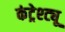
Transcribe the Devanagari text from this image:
कंट्रेश्ट्यू